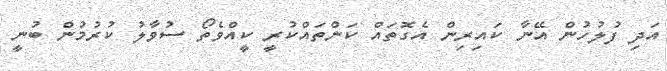
އަދި ފުލުހުން އޭނާ ކައިރިން އެގޮތައް ކަންތައްކުރީ ކީއްވެތޯ ސުވާލު ކުރުމުން ބުނީ